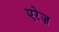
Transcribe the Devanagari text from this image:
एरेज़